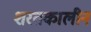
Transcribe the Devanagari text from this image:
शरतकालीन